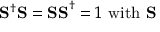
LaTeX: \mathbf { S } ^ { \dagger } \mathbf { S = S S } ^ { \dagger } = 1 \mathrm { ~ w i t h ~ } \mathbf { S }